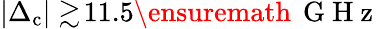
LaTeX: |\Delta_{\textrm{c}}|\gtrsim\! 11.5\ensuremath{\, \mathrm{~G~H~z~}}